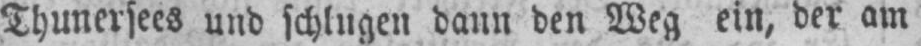
Thunersees und schlugen dann den Weg ein, der am